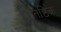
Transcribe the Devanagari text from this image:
प्रतिष्ठिक